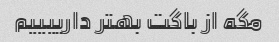
مگه از باگت بهتر دارییییم